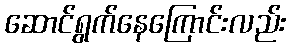
ဆောင်ရွက်နေကြောင်းလည်း